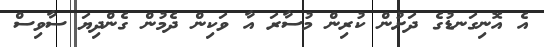
އެ އޮނިގަނޑުގެ ދަށުން ކުރިން މުސާރަ އާ ވަކިން ދެމުން ގެންދިޔަ ސާވިސް